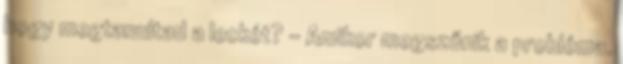
hogy megtanultad a leckét? - Amikor megszűnik a probléma.